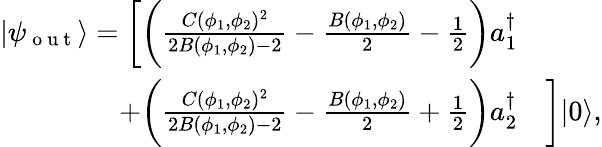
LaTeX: \begin{array}{rl}{|\psi_{\mathrm{~o~u~t~}}\rangle=\bigg[\bigg(\frac{C(\phi_{1},\phi_{2})^{2}}{2B(\phi_{1},\phi_{2})-2}-\frac{B(\phi_{1},\phi_{2})}{2}-\frac 12\bigg)a_{1}^{\dagger}}&{{}}\\ {+\bigg(\frac{C(\phi_{1},\phi_{2})^{2}}{2B(\phi_{1},\phi_{2})-2}-\frac{B(\phi_{1},\phi_{2})}{2}+\frac 12\bigg)a_{2}^{\dagger}}&{{}\bigg]|0\rangle,}\end{array}